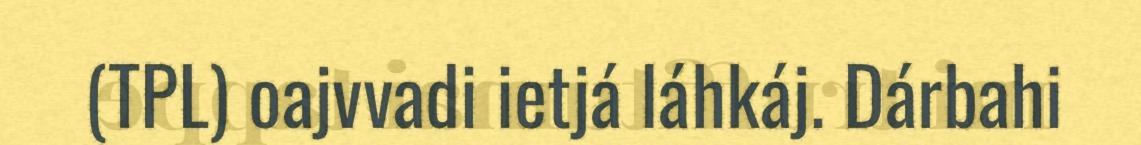
(TPL) oajvvadi ietjá láhkáj. Dárbahi